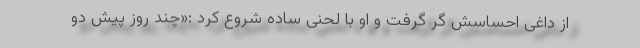
از داغی احساسش گُر گرفت و او با لحنی ساده شروع کرد :«چند روز پیش دو